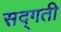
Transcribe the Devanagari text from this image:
सद्‌गती